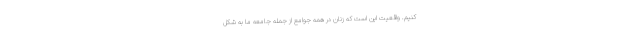
کنیم. واقعیت این است که زنان در همه جوامع از جمله جامعه ما به شکل